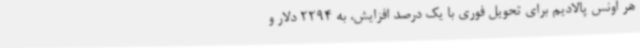
هر اونس پالادیم برای تحویل فوری با یک درصد افزایش، به 2294 دلار و